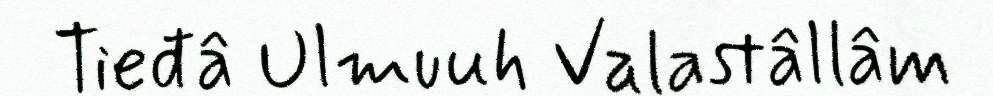
Tieđâ Ulmuuh Valastâllâm